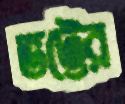
ভট্টের